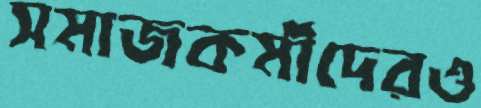
সমাজকর্মীদেরও